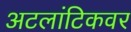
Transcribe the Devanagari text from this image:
अटलांटिकवर